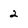
Character: 2